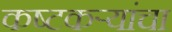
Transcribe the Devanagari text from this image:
कष्टकऱ्यांचा